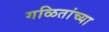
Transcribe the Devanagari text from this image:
गळितांच्या